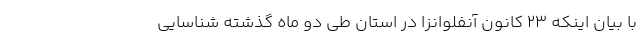
با بیان اینکه ۲۳ کانون آنفلوانزا در استان طی دو ماه گذشته شناسایی